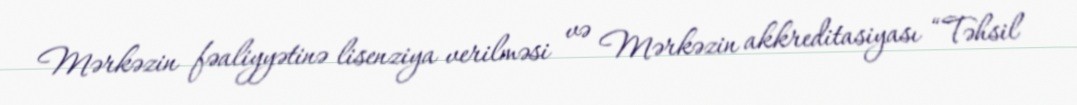
Mərkəzin fəaliyyətinə lisenziya verilməsi və Mərkəzin akkreditasiyası “Təhsil